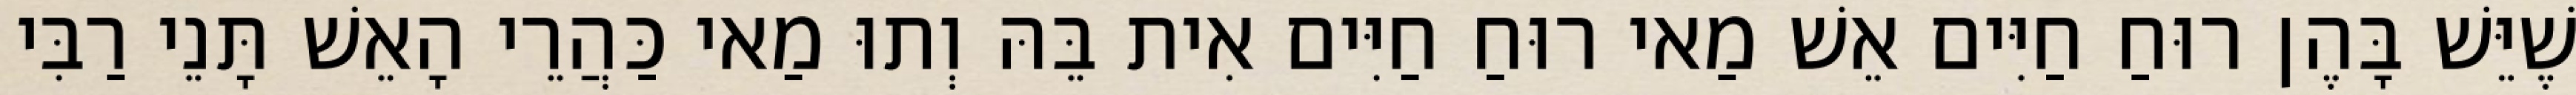
שֶׁיֵּשׁ בָּהֶן רוּחַ חַיִּים אֵשׁ מַאי רוּחַ חַיִּים אִית בֵּהּ וְתוּ מַאי כַּהֲרֵי הָאֵשׁ תָּנֵי רַבִּי